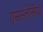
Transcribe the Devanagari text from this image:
एसस्लेसिया